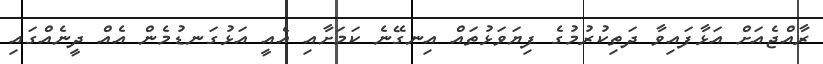
ރާއްޖެއަށް އަޅާފައިވާ ދަތިކުރުމުގެ ފިޔަވަޅުތައް އިނގޭނެ ކަމަށާއި އެއީ އަޅުގަނޑުމެން އެއް ދީނެއްގައި